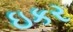
ઇકર